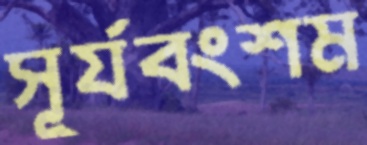
সূর্যবংশম